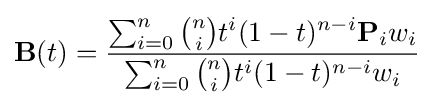
\mathbf {B} (t)={\frac {\sum _{i=0}^{n}{n \choose i}t^{i}(1-t)^{n-i}\mathbf {P} _{i}w_{i}}{\sum _{i=0}^{n}{n \choose i}t^{i}(1-t)^{n-i}w_{i}}}